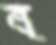
ব